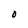
Character: 0